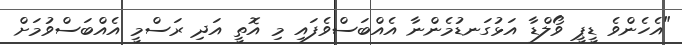
"އެހެންވެ ޑީޕީ ވޯލްޑާ އަޅުގަނޑުމެންނާ އެއްބަސްވެފައި މި އޮތީ އަދި ރަސްމީ އެއްބަސްވުމަށް